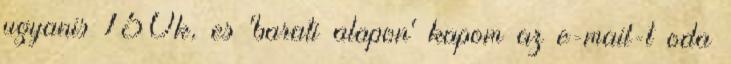
ugyanis 150k, es 'barati alapon' kapom az e-mail-t oda